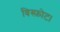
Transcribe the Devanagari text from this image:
विस्फ़ोट।